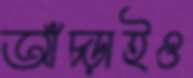
আঁচ্‌ড়াইও